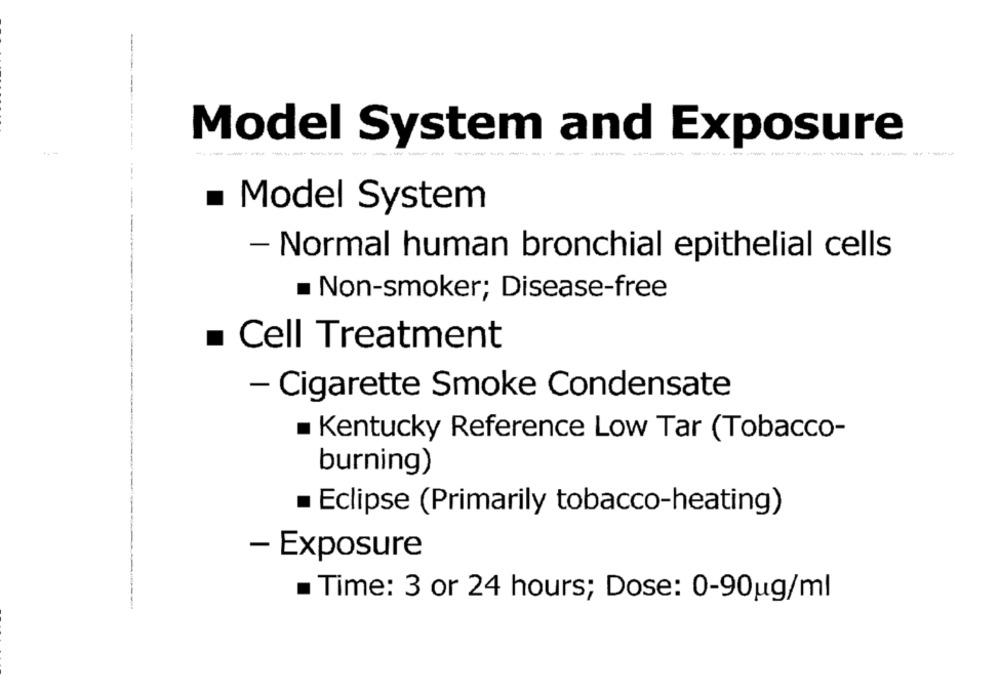
-
Model System and Exposure
----
---
----
. Model System
- Normal human bronchial epithelial cells
Non-smoker; Disease-free
Cell Treatment
- Cigarette Smoke Condensate
Kentucky Reference Low Tar (Tobacco-
burning)
Eclipse (Primarily tobacco-heating)
- Exposure
. Time: 3 or 24 hours; Dose: 0-90ug/ml